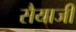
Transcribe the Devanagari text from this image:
सैयाजी